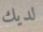
لديك